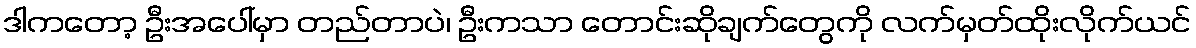
ဒါကတော့ ဦးအပေါ်မှာ တည်တာပဲ၊ ဦးကသာ တောင်းဆိုချက်တွေကို လက်မှတ်ထိုးလိုက်ယင်